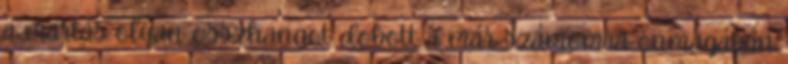
a mártás olyan összhangot dobott a már számomra önmagában